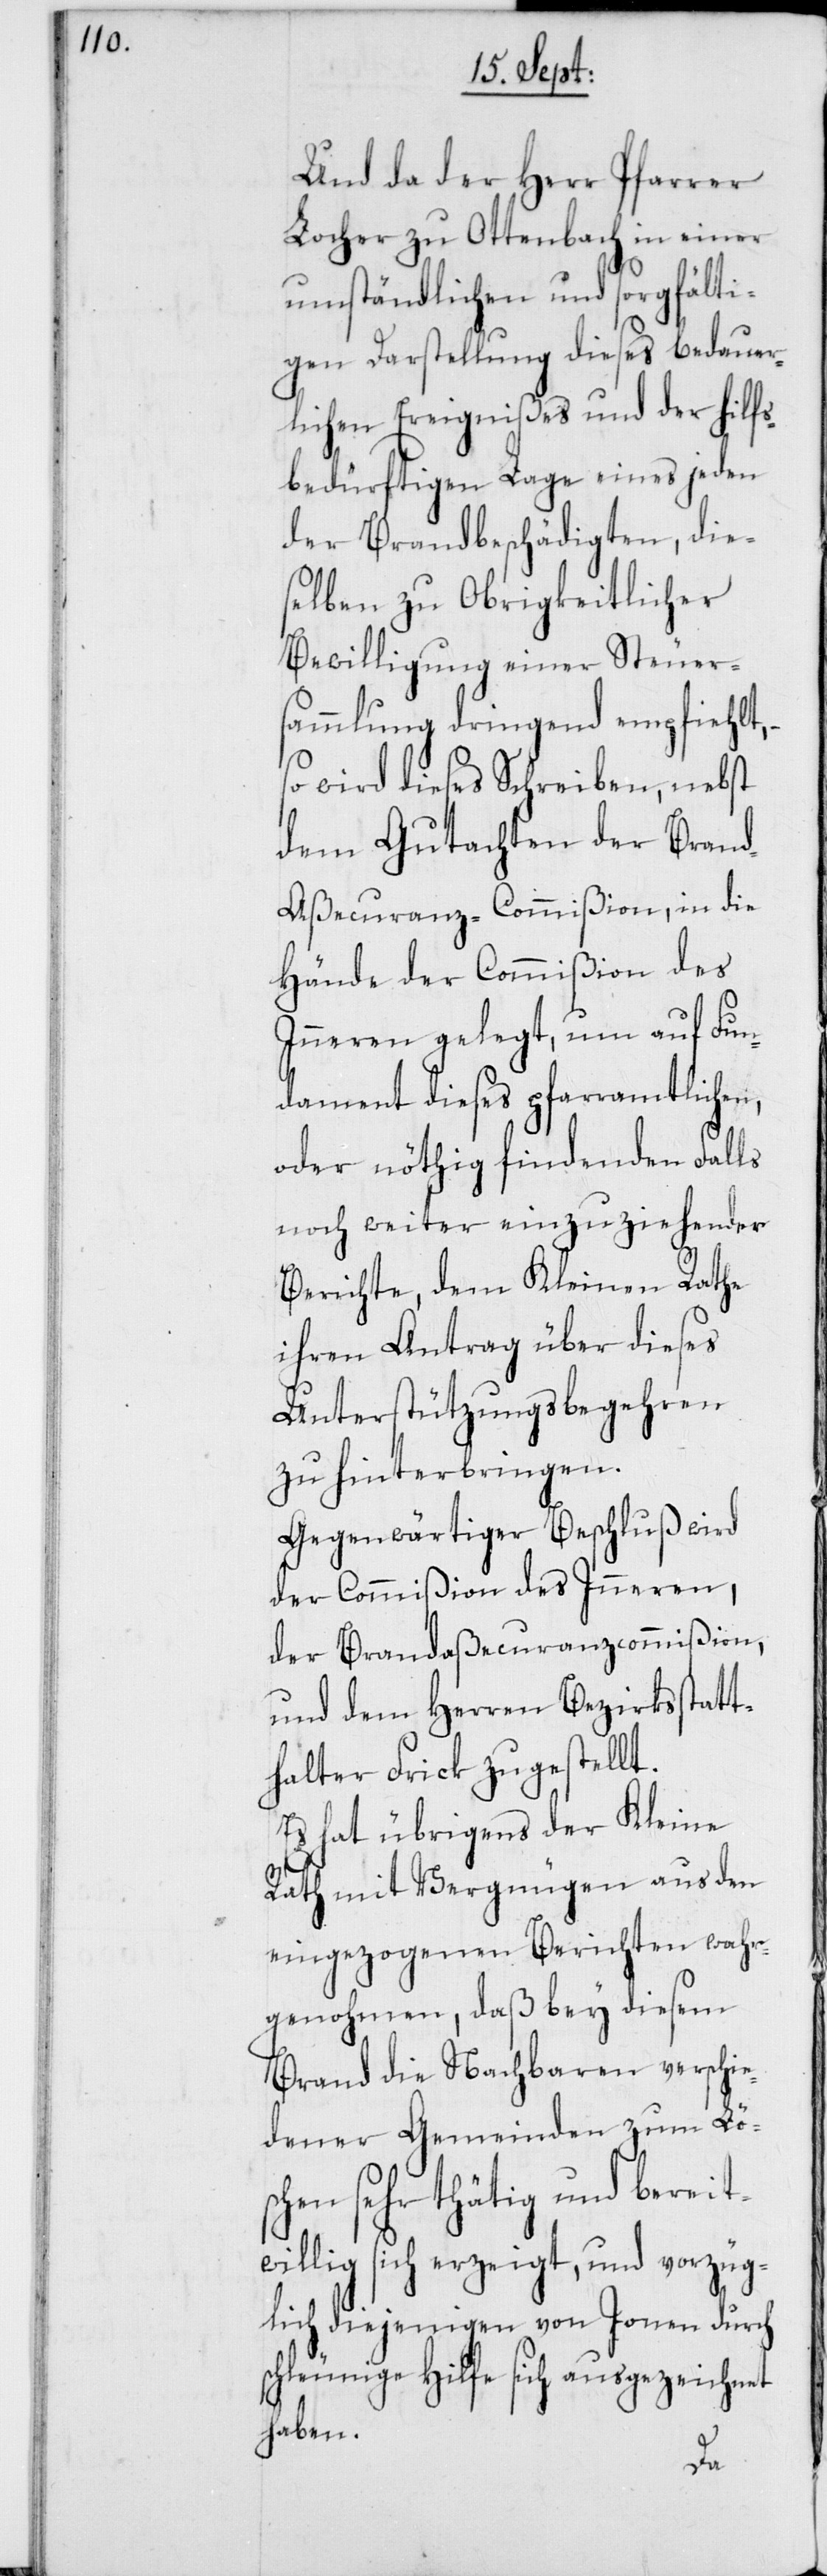
Und da der Herr Pfarrer
Locher zu Ottenbach in einer
umständlichen und sorgfälti¬
gen Darstellung dieses bedauer¬
lichen Ereignißes und der hilfs¬
bedürftigen Lage eines jeden
der Brandbeschädigten, dies¬
elben zu Obrigkeitlicher
Bewilligung einer Steuers¬
ammlung dringend empfiehlt,
so wird dieses Schreiben, nebst
dem Gutachten der Bran¬
d-Aßecuranz-Commißion, in die
Hände der Commißion des
Inneren gelegt, um auf Fun¬
dament dieses pfarramtlichen,
oder nöthig findenden Falls
noch weiter einzuziehender
Berichte, dem Kleinen Rathe
ihren Antrag über dieses
Unterstützungsbegehren
zu hinterbringen.
Gegenwärtiger Beschluß wird
der Commißion des Inneren,
der Brandaßecuranzcommißion
und dem Herren Bezirksstatt¬
halter Frick zugestellt.
Es hat übrigens der Kleine
Rath mit Vergnügen aus den
eingezogenen Berichten wahr¬
genohmen, daß bey diesem
Brand die Nachbaren verschie¬
dener Gemeinden zum Lö¬
schen sehr thätig und bereit¬
willig sich erzeigt, und vorzüg¬
lich diejenigen von Jonen durch
schleunige Hilfe sich ausgezeichnet
haben.